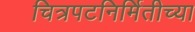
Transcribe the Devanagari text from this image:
चित्रपटनिर्मितीच्या